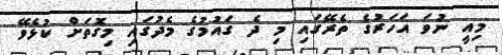
މިއީ ނުވަ އަހަރުގެ ތެރޭގައި މި ދެ ގައުމުގެ މެދުގައި މިގޮތަށް ކުޅެވޭ